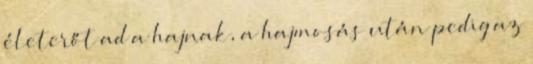
életerőt ad a hajnak, a hajmosás után pedig az